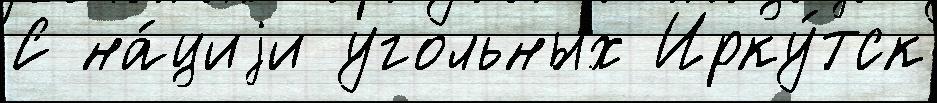
С на́циjи угольных Ирку́тск